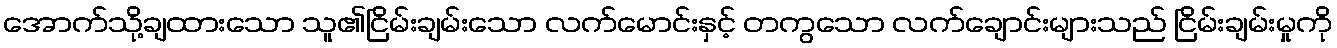
အောက်သို့ချထားသော သူ၏ငြိမ်းချမ်းသော လက်မောင်းနှင့် တကွသော လက်ချောင်းများသည် ငြိမ်းချမ်းမှုကို